Annual report of the Punjab Veterinary College and of the Civil Veterinary Department, Punjab - 1909-1919
Year: 1909
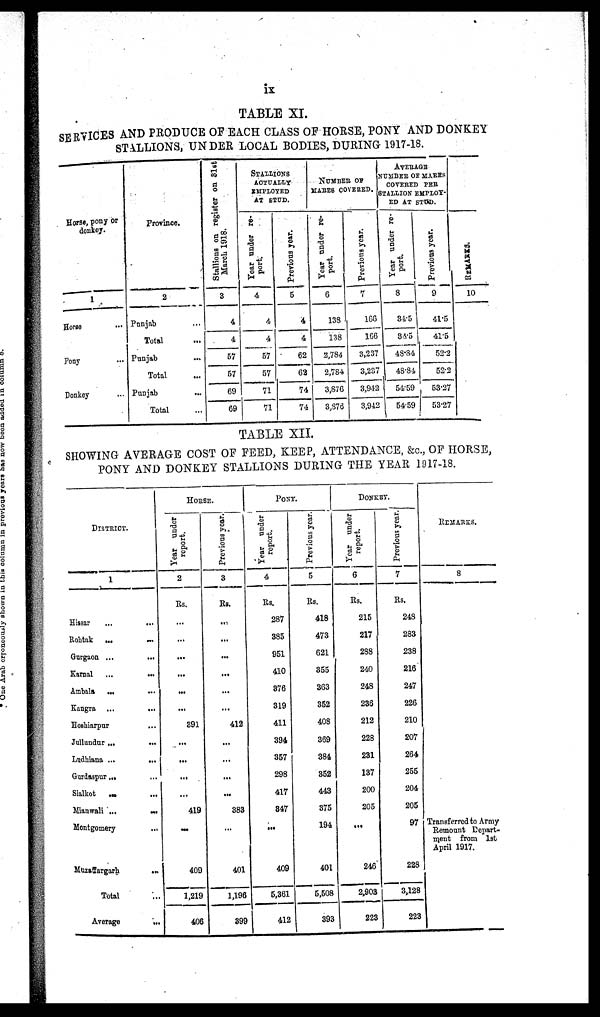
ix
TABLE XI.
SERVICES AND PRODUCE OP EACH CLASS OF HORSE, PONY AND DONKEY
STALLIONS, UNDER LOCAL BODIES, DURING 1917-18.
Horse, pony or
donkey.
1
Horse ...
Pony ...
Donkey ...
Province.
2
Punjab ...
Total ...
Punjab
...
Total ...
Punjab ...
Total ...
Stallions on register on 31st
March 1918.
3
4
4
57
57
69
69
STALLIONS
ACTUALLY
EMPLOYED
AT STUD.
Year
under re-
port.
4
4
4
57
57
71
71
Previous year.
5
4
4
62
62
74
74
NUMBER OF
MARES COVERED.
Year
under re-
port.
6
133
138
2,784
2,784
3,876
3,876
Previous year.
7
166
166
3,237
3,237
3,942
3,942
AVERAGE
NUMBER OF MARES
COVERED PER
STALLION EMPLOY-
ED AT STUD.
Year under re-
port.
8
31.5
34.5
48.84
48.81
54.59
54 59
Previous year.
9
41.5
41.5
52.2
52.2
53.27
53.27
R E MAR KS .
10
TABLE XII.
SHOWING AVERAGE COST OF FEED, KEEP, ATTENDANCE, &c., OF HORSE,
PONY AND DONKEY STALLIONS DURING THE YEAR 1917-18.
DISTRICT.
1
Hissar
...
...
Rohtak ...
...
Gurgaon ...
...
Karnal ... ...
Ambala ... ...
Kangra ...
...
Hoshiarpur ...
Jullundur
...
...
Ludhiana ...
...
Gurdaspur ... ...
Sialkot
...
...
Mianwali ...
...
Montgomery
...
Muzaffargarh
...
Total ...
Average
...
HORSE.
Year under
report.
2
Rs.
...
...
...
...
...
...
391
...
...
...
...
419
...
409
1,219
406
Previous year.
3
Rs.
...
...
...
...
...
...
412
...
...
...
...
383
...
401
1,196
399
PONY.
Year under
report.
4
Rs.
287
385
951
410
876
319
411
394
357
298
417
847
...
409
5,361
412
Previous year.
5
Rs.
418
473
621
355
363
352
408
369
384
352
443
375
194
401
5,508
393
DONKEY.
Year under
report.
6
Rs.
215
217
288
240
248
236
212
228
281
137
200
205
...
246
2,903
223
Previous year.
7
Rs.
248
283
238
216
247
226
210
207
264
255
204
205
97
228
3,128
223
REMARKS.
8
Transferred to Army
Remount Depart-
ment from 1st
April 1917.